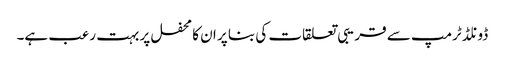
ڈونلڈ ٹرمپ سے قریبی تعلقات کی بنا پر ان کا محفل پر بہت رعب ہے۔